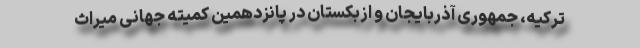
ترکیه، جمهوری آذربایجان و ازبکستان در پانزدهمین کمیته جهانی میراث